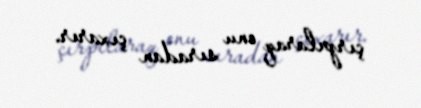
çırpılaraq onu sıradan çıxarır.